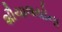
શૌચાલયોના